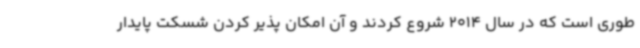
طوری است که در سال 2014 شروع کردند و آن امکان پذیر کردن شسکت پایدار